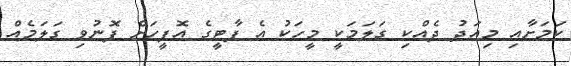
ކަމަށާއި މިއަދު ދެއްކި ގަލަމަކީ މީހަކު އެ ޕާޓީގެ އޮފީހަށް ފޮނުވި ގަލަމެއް